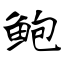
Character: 鲍